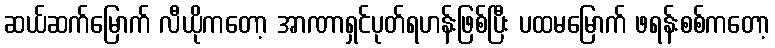
ဆယ်ဆက်မြောက် လီယိုကတော့ အာဏာရှင်ပုတ်ရဟန်းဖြစ်ပြီး ပထမမြောက် ဖရန်းစစ်ကတော့